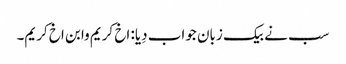
سب نے بیک زبان جواب دِیا: اخ کریم وابن اخ کریم۔